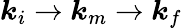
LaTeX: \boldsymbol{k}_{i}\rightarrow\boldsymbol{k}_{m}\rightarrow\boldsymbol{k}_{f}